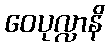
ဝေပုလ္လာနိ